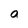
Character: a